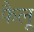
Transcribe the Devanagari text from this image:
फैलू